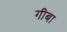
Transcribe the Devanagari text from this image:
गीबा